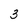
Character: 3